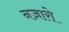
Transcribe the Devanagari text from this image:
नज़ारो